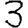
Digit: 3